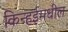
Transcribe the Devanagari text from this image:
किन्हईमधील